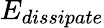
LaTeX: E_{dissipate}